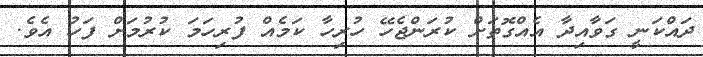
ދައްކަނީ ގަވާއިދާ އެއްގޮތަށް ކުރަންޖެހޭ ހުރިހާ ކަމެއް ފުރިހަމަ ކުރުމަށް ފަހު އެވެ.